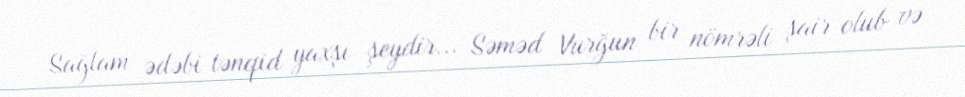
Sağlam ədəbi tənqid yaxşı şeydir... Səməd Vurğun bir nömrəli şair olub və